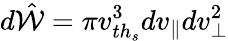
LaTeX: d\hat{\mathcal{W}}=\pi v_{{th}_{s}}^{3}dv_{\parallel}dv_{\perp}^{2}